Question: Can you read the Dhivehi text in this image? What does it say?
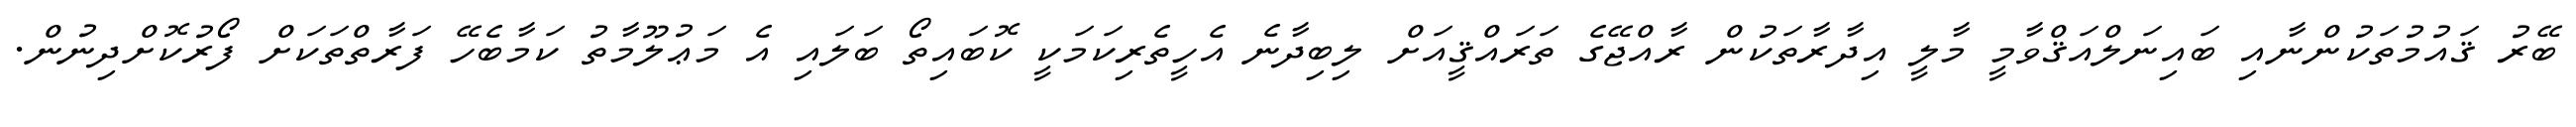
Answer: ބޭރު ޤައުމުތަކުންނާއި ބައިނަލްއަޤްވާމީ މާލީ އިދާރާތަކުން ރާއްޖޭގެ ތަރައްޤީއަށް ލިބިދާނެ އެހީތެރިކަމަކީ ކޮބައިތޯ ބަލައި އެ މަޢުލޫމާތު ކަމާބެހޭ ފަރާތްތަކަށް ފޯރުކޮށްދިނުން.